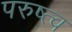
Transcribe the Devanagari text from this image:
परुष्त्व